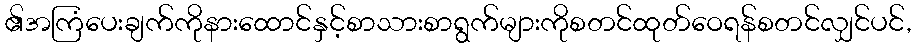
၏အကြံပေးချက်ကိုနားထောင်နှင့်စာသားစာရွက်များကိုစတင်ထုတ်ဝေရန်စတင်လျှင်ပင်,